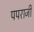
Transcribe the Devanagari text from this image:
पपराजी